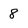
Character: 8